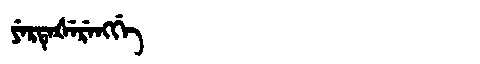
Manchu: ᠶᡝᡵᡨᡝᡧᡝᡵᡝᠩᡤᡝ
Romanization: YERTEŠERENGGE